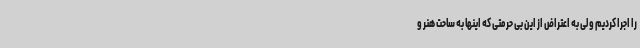
را اجرا کردیم ولی به اعتراض از این بی حرمتی که اینها به ساحت هنر و